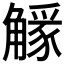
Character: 𧤷